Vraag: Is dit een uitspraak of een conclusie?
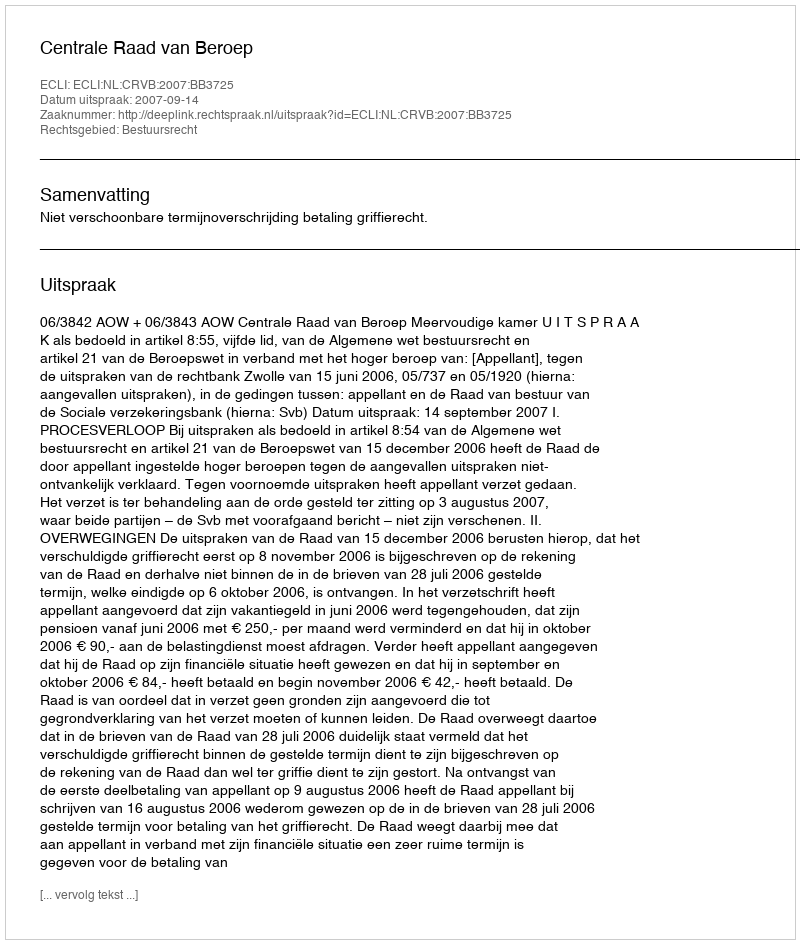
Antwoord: Uitspraak